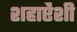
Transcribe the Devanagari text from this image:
शहाऐंशी